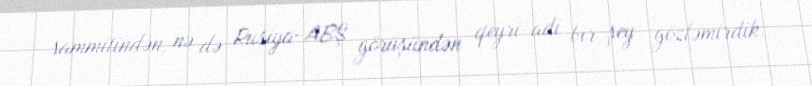
sammitindən, nə də Rusiya-ABŞ görüşündən qeyri-adi bir şey gözləmirdik.